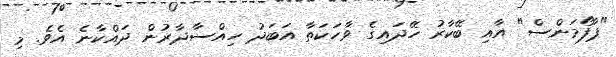
"ޕާފޯމަންސް" އާއި ބޭކާރު ހޭދައިގެ ވާހަކަތާ އަބަދު ހިއްސާދާރުން ދައްކާނެ އެވެ. މި